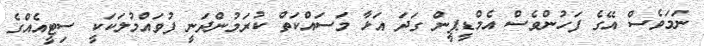
ނަމަވެސް އޭގެ ފަހުންވެސް އެމްޑީޕީން ގަދަ އަޅާ މަސައްކަތް ކުރަމުންދަނީ ފުވައްމުލަކަކީ ސިޓީއެއްގެ